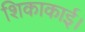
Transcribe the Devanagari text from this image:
शिकाकाई।